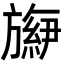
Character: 𬀕